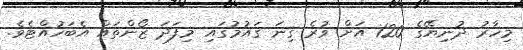
މިހާރު ދުނިޔޭގެ 120 އަށް ވުރެ ގިނަ ޤައުމުގައި މިފަދަ ޒޯންތައް އެބަހުއްޓެވެ.